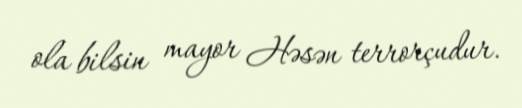
ola bilsin mayor Həsən terrorçudur.